Indian journal of veterinary science and animal husbandry - Volume 4,
Year: 1934
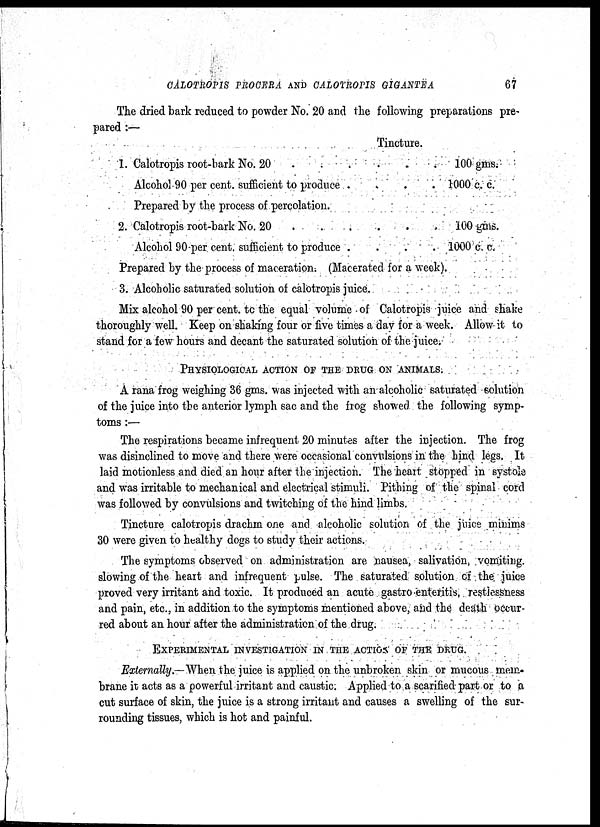
CALOTROPIS PROCERA AND CALOTROPIS
GIGANTEA
67
The dried bark reduced to powder No. 20 and the following preparations pre-
pared :—
1.
2.
Calotropis root-bark No. 20 . . .
Alcohol 90 per cent. sufficient to produce .
Prepared by the process of percolation.
Calotropis root-bark No. 20 . . .
Alcohol 90 per cent. sufficient to produce .
Tincture.
..
..
. .
. .
. 100 gms.
. 1000 c. c.
. 100 gms.
. 1000 c. c.
Prepared by the process of maceration. (Macerated for a week).
3. Alcoholic saturated solution of calotropis juice.
Mix alcohol 90 per cent. to the equal volume of Calotropis juice and shake
thoroughly well. Keep on shaking four or five times a day for a week. Allow-it to
stand for a few hours and decant the saturated solution of the juice.
PHYSIOLOGICAL ACTION OF THE DRUG ON ANIMALS.
A rana frog weighing 36 gms. was injected with an alcoholic saturated solution
of the juice into the anterior lymph sac and the frog showed the following symp-
toms :—
The respirations became infrequent 20 minutes after the injection. The frog
was disinclined to move and there were occasional convulsions in the hind legs. It
laid motionless and died an hour after the injection. The heart stopped in systole
and was irritable to mechanical and electrical stimuli. Pithing of the spinal cord
was followed by convulsions and twitching of the hind limbs.
Tincture calotropis drachm one and alcoholic solution of the juice minims
30 were given to healthy dogs to study their actions.
The symptoms observed on administration are nausea, salivation, vomiting.
slowing of the heart and infrequent pulse. The saturated solution of the juice
proved very irritant and toxic. It produced an acute gastro enteritis, restiessness
and pain, etc., in addition to the symptoms mentioned above, and the death occur-
red about an hour after the administration of the drug.
EXPERIMENTAL INVESTIGATION IN THE ACTION OF THE DRUG.
Externally,—When the juice is applied on the unbroken skin or mucous mem.
brane it, acts as a powerful irritant and caustic. Applied to a scarified part or to a
cut surface of skin, the juice is a strong irritant and causes a swelling of the sur-
rounding tissues, which is hot and painful.